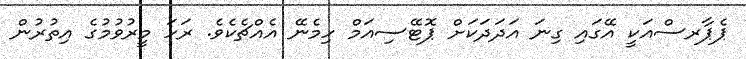
ޕެޕާރސްއަކީ އޭގައި ގިނަ އަދަދަކަށް ޕޮޓޭސިއަމް ހިމެނޭ އެއްޗެކެވެ. ރަހަ މީރުވުމުގެ އިތުރުން